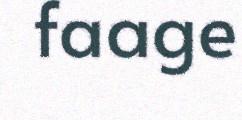
faage